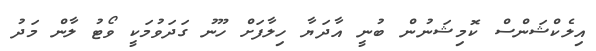
އިލެކްޝަންސް ކޮމިޝަނުން ބުނީ އާދަޔާ ހިލާފަށް ހޫނު ގަދަވުމަކީ ވޯޓު ލާން މަދު